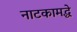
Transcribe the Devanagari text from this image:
नाटकामद्धे